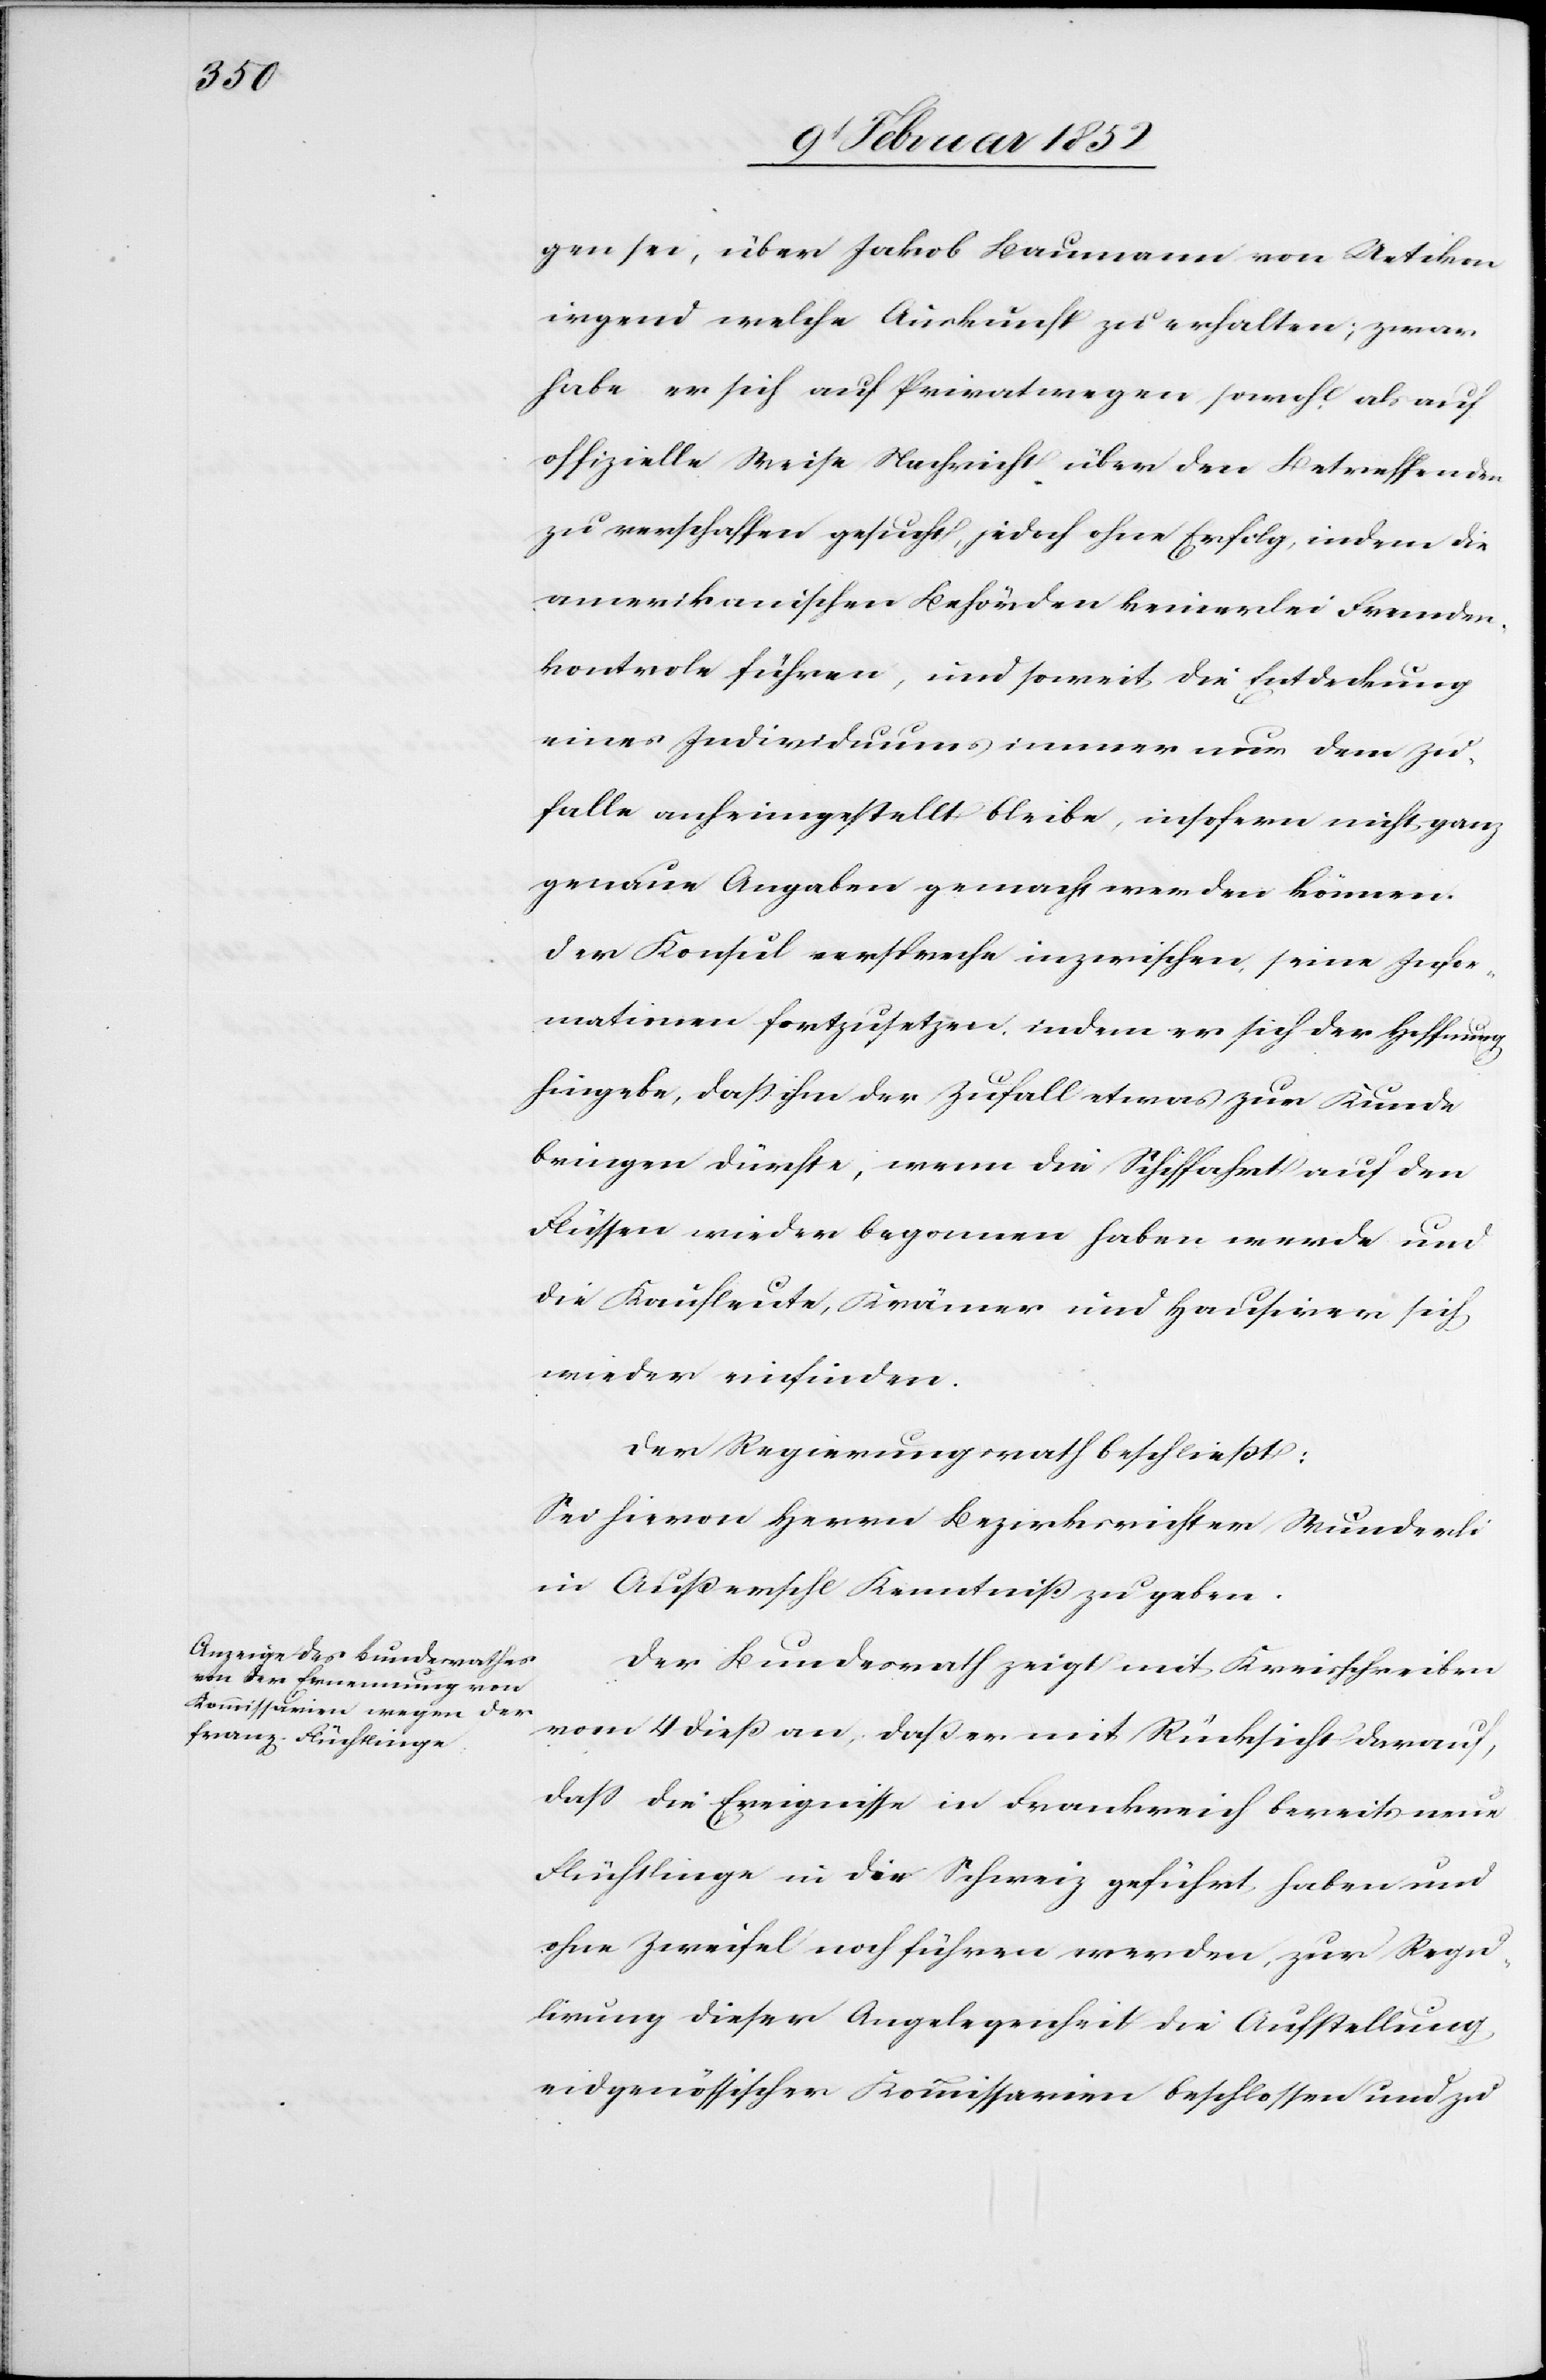
gen sei, über Jakob Baumann von Uetikon
irgend welche Auskunft zu erhalten, zwar
habe er sich auf Privatwegen sowohl als auch
offizielle Weise Nachricht über den Betreffenden
zu verschaffen gesucht, jedoch ohne Erfolg, indem die
amerikanischen Behörden keinerlei Fremden¬
kontrole führen, und somit die Entdekung
eines Individuums immer nur dem Zu¬
falle anheimgestellt bleibe, insofern nicht ganz
genaue Angaben gemacht werden können.
Der Konsul verspreche inzwischen, seine Infor¬
mationen fortzusetzen, indem er sich der Hoffnung
hingebe, daß ihm der Zufall etwas zur Kunde
bringen dürfte, wenn die Schiffahrt auf den
Flüssen wieder begonnen haben werde und
die Kaufleute, Krämer und Hausirer sich
wieder einfinden.
Der Regierungsrath beschließt:
Sei hievon Herrn Bezirksrichter Wunderli
in Außersihl Kenntniß zu geben.
Der Bundesrath zeigt mit Kreisschreiben
vom 4 dieß an, daß er mit Rücksicht darauf,
daß die Ereignisse in Frankreich bereits neue
Flüchtlinge in die Schweiz geführt, haben und
ohne Zweifel noch führen werden, zur Regu¬
lirung dieser Angelegenheit die Aufstellung
eidgenössischer Kommissarien beschlossen und zu